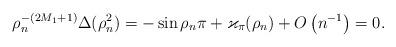
LaTeX: \begin{align*} \rho_n^{-(2M_1+1)} \Delta(\rho_n^2) = -\sin \rho_n \pi + \varkappa_{\pi}(\rho_n) + O\left(n^{-1} \right) = 0.\end{align*}